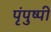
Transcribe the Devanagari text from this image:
पृंपुष्पी